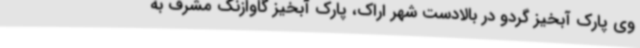
وی پارک آبخیز گردو در بالادست شهر اراک، پارک آبخیز گاوازنگ مشرف به